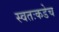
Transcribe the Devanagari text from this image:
स्वतःकडेच